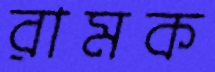
রামক